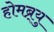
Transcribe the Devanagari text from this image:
होमब्र्यु